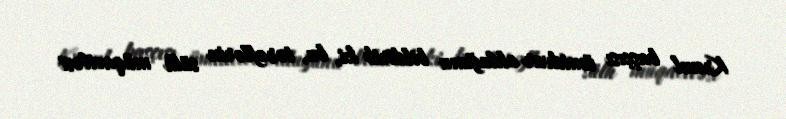
Kreml başçısı ümidvar olduğunu bildirib ki, bu, tərəflərin sülh müqaviləsi